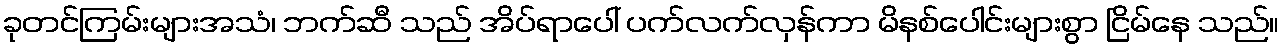
ခုတင်ကြမ်းများအသံ၊ ဘက်ဆီ သည် အိပ်ရာပေါ် ပက်လက်လှန်ကာ မိနစ်ပေါင်းများစွာ ငြိမ်နေ သည်။